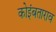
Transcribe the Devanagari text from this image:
कोइंबताराव